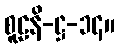
စူဠနိ-ဋ္ဌ-၁၄။